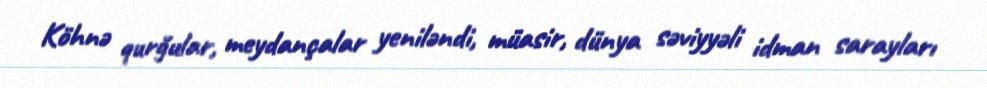
Köhnə qurğular, meydançalar yeniləndi, müasir, dünya səviyyəli idman sarayları